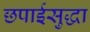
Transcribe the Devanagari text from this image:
छपाईसुद्धा